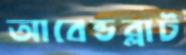
আবেন্ডব্লাট